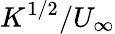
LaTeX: K^{1/2}/U_{\infty}